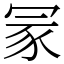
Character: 冡